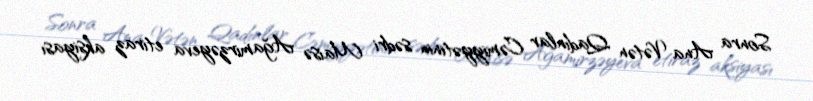
Sonra Ana Vətən Qadınlar Cəmiyyətinin sədri Maisə Ağamirzəyeva etiraz aksiyası